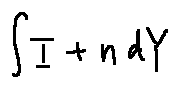
\int I + n d Y